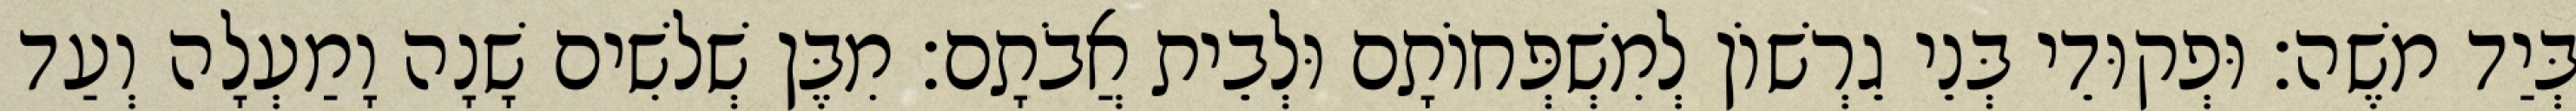
בְּיַד משֶׁה׃ וּפְקוּדֵי בְּנֵי גֵרְשׁוֹן לְמִשְׁפְּחוֹתָם וּלְבֵית אֲבֹתָם׃ מִבֶּן שְׁלשִׁים שָׁנָה וָמַעְלָה וְעַד